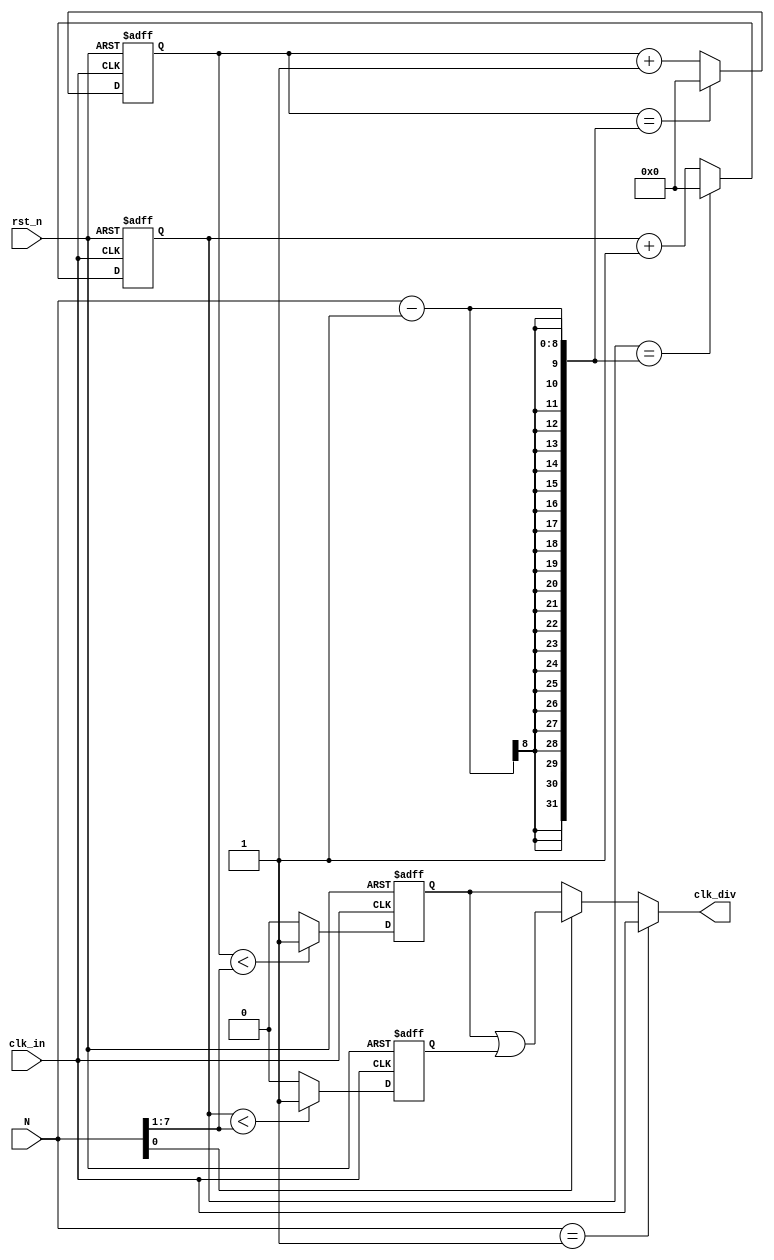
/*
,,
,,, ,
,1,,2
 121/32/3

50%,
,,
,50%
 
50%N,
N, ,N-1/250%n
N, ,
,N-1/2,50%n
50%n ,50%n

n,n/2,(n-1)/2+0.5,
 50%
*/

/*******************************************************************************/
// wire             clk_div;
// CLK_DIV #
// (.WIDTH(8))
// CLK_DIV_u
// (
//     .clk_in(clk_sys),
//     .rst_n(1'b1),
//     .N(2),
//     .clk_div(clk_div)
// );
/*******************************************************************************/
`timescale 1ns / 1ps
module CLK_DIV #
(
    parameter WIDTH = 8
)
(
    input                 clk_in,
    input                 rst_n,
    input  [WIDTH - 1:0]  N,
    output                clk_div
);

reg [WIDTH-1:0] cnt_p = 0;// 
reg [WIDTH-1:0] cnt_n = 0;// 
reg             clk_in_p = 0;// 
reg             clk_in_n = 0;// 

//N==1N[0]1
assign clk_div = (N == 1) ? clk_in : (N[0])   ? (clk_in_p | clk_in_n) : (clk_in_p);
        
always@(posedge clk_in or negedge rst_n) begin
    if (!rst_n)
        cnt_p <= 0;
    else if (cnt_p == (N-1))
        cnt_p <= 0;
    else
        cnt_p <= cnt_p + 1;
end

always@(posedge clk_in or negedge rst_n) begin
    if (!rst_n) 
        clk_in_p <= 1;//001
    else if (cnt_p < (N>>1))/*NN/2*/
        clk_in_p <= 1;
    else
        clk_in_p <= 0;    
end

always@(negedge clk_in or negedge rst_n) begin
    if (!rst_n)
        cnt_n <= 0;
    else if (cnt_n == (N-1))
        cnt_n <= 0;
    else
        cnt_n <= cnt_n + 1;
end

always@(negedge clk_in or negedge rst_n) begin
    if (!rst_n)
        clk_in_n <= 1;
    else if (cnt_n < (N>>1))
        clk_in_n <= 1;
    else
        clk_in_n <= 0;
end

endmodule